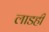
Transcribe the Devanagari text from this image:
लाडही